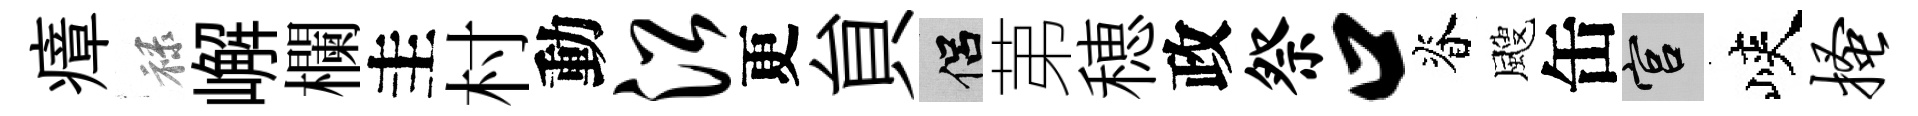
瘴禄嶰欄圭村動沿更貟侣苐穂政祭口脊颼缶宫峽搔